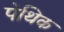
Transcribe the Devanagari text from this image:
पेथिक